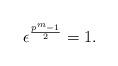
LaTeX: \begin{align*} \epsilon^{\frac{p^m-1}{2}}=1. \end{align*}